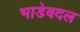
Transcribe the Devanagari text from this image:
भाडेबदल